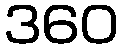
360